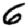
Digit: 6